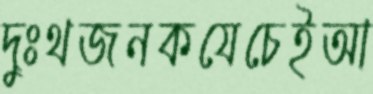
দুঃথজনকযেচেইআ